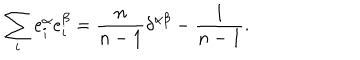
LaTeX: \sum _ { i } e _ { i } ^ { \alpha } e _ { i } ^ { \beta } = \frac { n } { n - 1 } \delta ^ { \alpha \beta } - \frac { 1 } { n - 1 } .